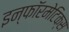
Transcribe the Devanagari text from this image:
इन्‍फॉरमेटिक्‍स